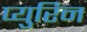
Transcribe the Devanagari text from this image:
प्युरिन